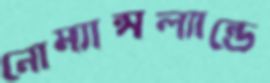
নোম্যান্সল্যান্ডে